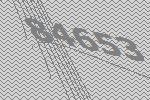
84653